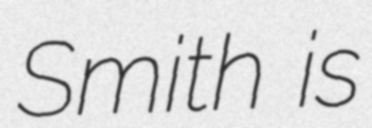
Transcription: Smith is